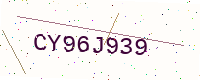
Text: CY96J939